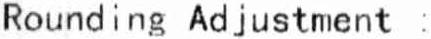
ROUNDING ADJUSTMENT :